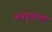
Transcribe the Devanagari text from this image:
अवगुणांचा